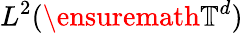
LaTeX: L^{2}(\ensuremath{\mathbb{T}}^{d})